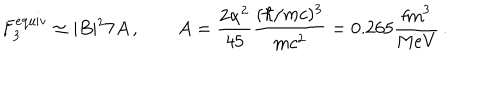
F _ { 3 } ^ { \mathrm { e q u i v } } \simeq \vert B \vert ^ { 2 } 7 A \, , \qquad A = \frac { 2 \alpha ^ { 2 } } { 4 5 } \frac { ( \hbar / m c ) ^ { 3 } } { m c ^ { 2 } } = 0 . 2 6 5 \frac { \mathrm { f m } ^ { 3 } } { \mathrm { M e V } } \, .